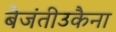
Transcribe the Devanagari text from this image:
बैजंतीउकैना